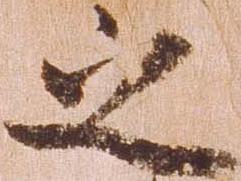
之